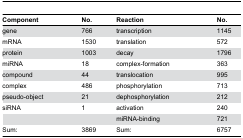
<table><thead><tr><td><b>Component</b></td><td><b>No.</b></td><td><b>Reaction</b></td><td><b>No.</b></td></tr></thead><tbody><tr><td>gene</td><td>766</td><td>transcription</td><td>1145</td></tr><tr><td>mRNA</td><td>1530</td><td>translation</td><td>572</td></tr><tr><td>protein</td><td>1003</td><td>decay</td><td>1796</td></tr><tr><td>miRNA</td><td>18</td><td>complex-formation</td><td>363</td></tr><tr><td>compound</td><td>44</td><td>translocation</td><td>995</td></tr><tr><td>complex</td><td>486</td><td>phosphorylation</td><td>713</td></tr><tr><td>pseudo-object</td><td>21</td><td>dephosphorylation</td><td>212</td></tr><tr><td>siRNA</td><td>1</td><td>activation</td><td>240</td></tr><tr><td></td><td></td><td>miRNA-binding</td><td>721</td></tr><tr><td>Sum:</td><td>3869</td><td>Sum:</td><td>6757</td></tr></tbody></table>